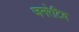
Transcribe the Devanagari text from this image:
जनरेटिव